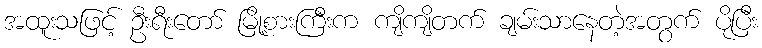
အထူးသဖြင့် ဦးရီးတော် မြို့စားကြီးက ကျိကျိတက် ချမ်းသာနေတဲ့အတွက် ပိုပြီး